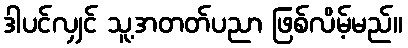
ဒါပင်လျှင် သူ့အတတ်ပညာ ဖြစ်လိမ့်မည်။